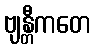
ဗျန္တီကတေ